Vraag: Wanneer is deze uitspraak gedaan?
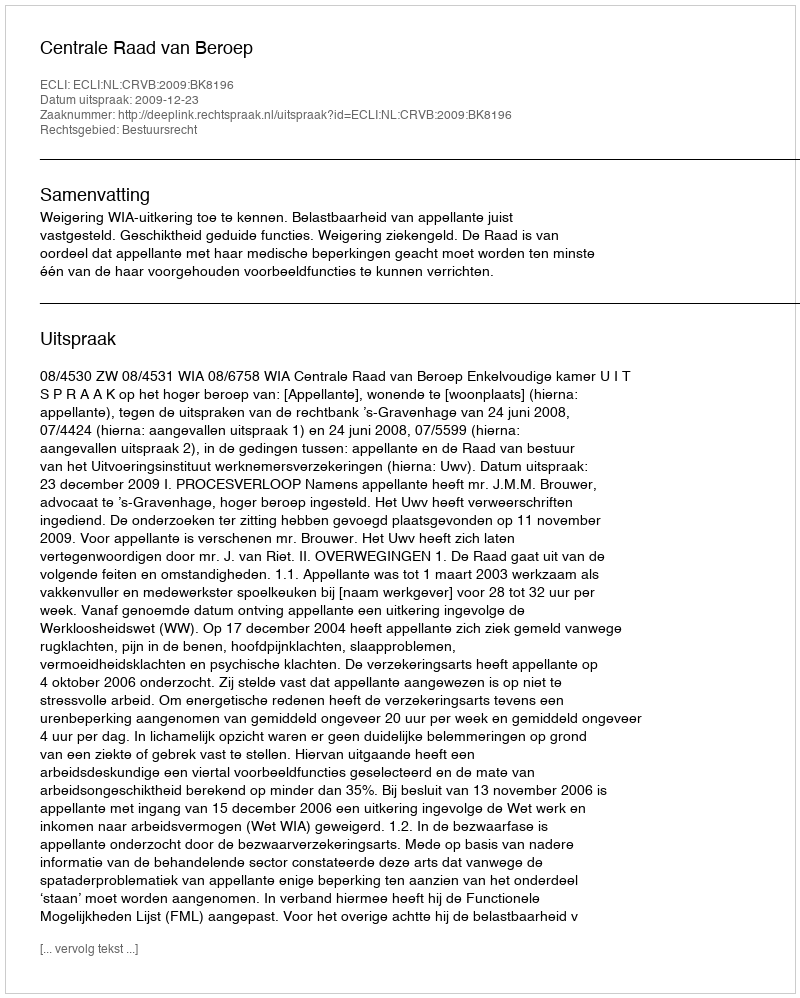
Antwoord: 2009-12-23